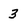
Character: 3